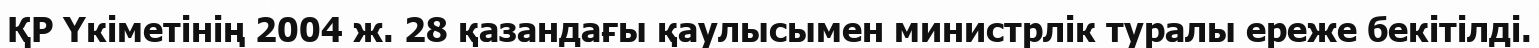
ҚР Үкіметінің 2004 ж. 28 қазандағы қаулысымен министрлік туралы ереже бекітілді.